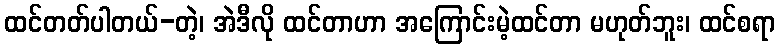
ထင်တတ်ပါတယ်-တဲ့၊ အဲဒီလို ထင်တာဟာ အကြောင်းမဲ့ထင်တာ မဟုတ်ဘူး၊ ထင်စရာ